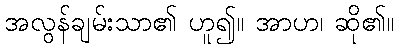
အလွန်ချမ်းသာ၏ ဟူ၍။ အာဟ၊ ဆို၏။